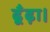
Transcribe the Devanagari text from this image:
ढूँढ़ा।